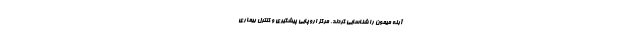
آبله میمون را شناسایی کردند. مرکز اروپایی پیشگیری و کنترل بیماری